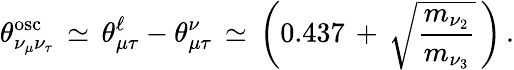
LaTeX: \theta_{\nu_{\mu}\nu_{\tau}}^{\mathrm{osc}}\, \simeq\, \theta_{\mu\tau}^{\ell}-\theta_{\mu\tau}^{\nu}\, \simeq\, \left(0.437\, +\, \sqrt{\frac{m_{\nu_{2}}}{m_{\nu_{3}}}}\, \right)\, .